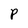
Character: P